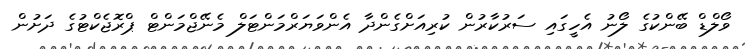
ވޯލްޑް ބޭންކުގެ ލޯނު އެހީގައި ސަރުކާރުން ކުރިއަށްގެންދާ އެންވަޔަރްމަންޓަލް މެނޭޖްމަންޓް ޕްރޮޖެކްޓުގެ ދަށުން